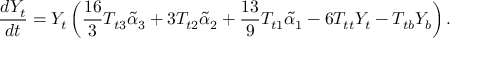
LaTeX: \frac { d Y _ { t } } { d t } = Y _ { t } \left( \frac { 1 6 } { 3 } T _ { t 3 } \tilde { \alpha } _ { 3 } + 3 T _ { t 2 } \tilde { \alpha } _ { 2 } + \frac { 1 3 } { 9 } T _ { t 1 } \tilde { \alpha } _ { 1 } - 6 T _ { t t } Y _ { t } - T _ { t b } Y _ { b } \right) .